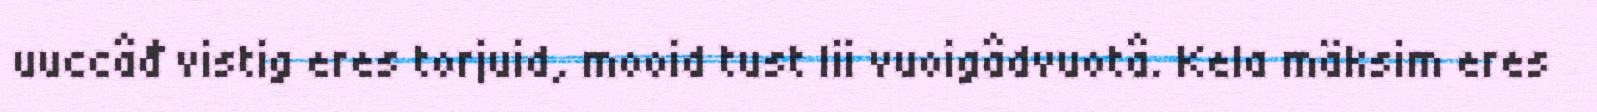
uuccâđ vistig eres torjuid, mooid tust lii vuoigâdvuotâ. Kela mäksim eres